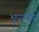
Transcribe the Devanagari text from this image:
भूपटकर